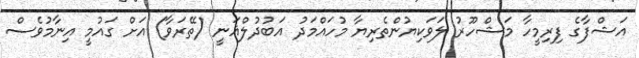
އަޝްފާގެ ފިރިމީހާ މަޝްހޫރު ލަވަކިޔުންތެރިޔާ މުހައްމަދު އަބުދުލްޣަނީ (ތޭރަވާ) އަށް ގައުމީ އިނާމުވެސް